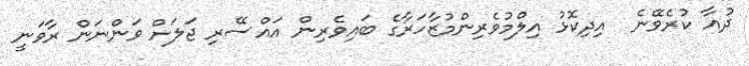
ދުއާ ކުރެވޭނެ  އިދިކޮޅު އިލްމުވެރިންމުޒާހަރާގެ ބައިވެރިން އައްސޭރި ޖަލަށް ވަންނަން ރާވަނީ